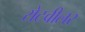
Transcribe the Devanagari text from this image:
रोटवीलर